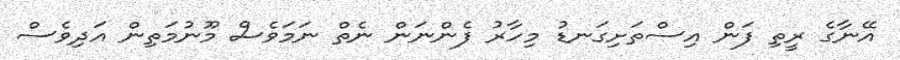
އޭނާގެ ރީތި ފަން އިސްތަށިގަނޑު މިހާރު ފެންނަން ނެތް ނަމަވެސް މޫނުމަތިން އަދިވެސް